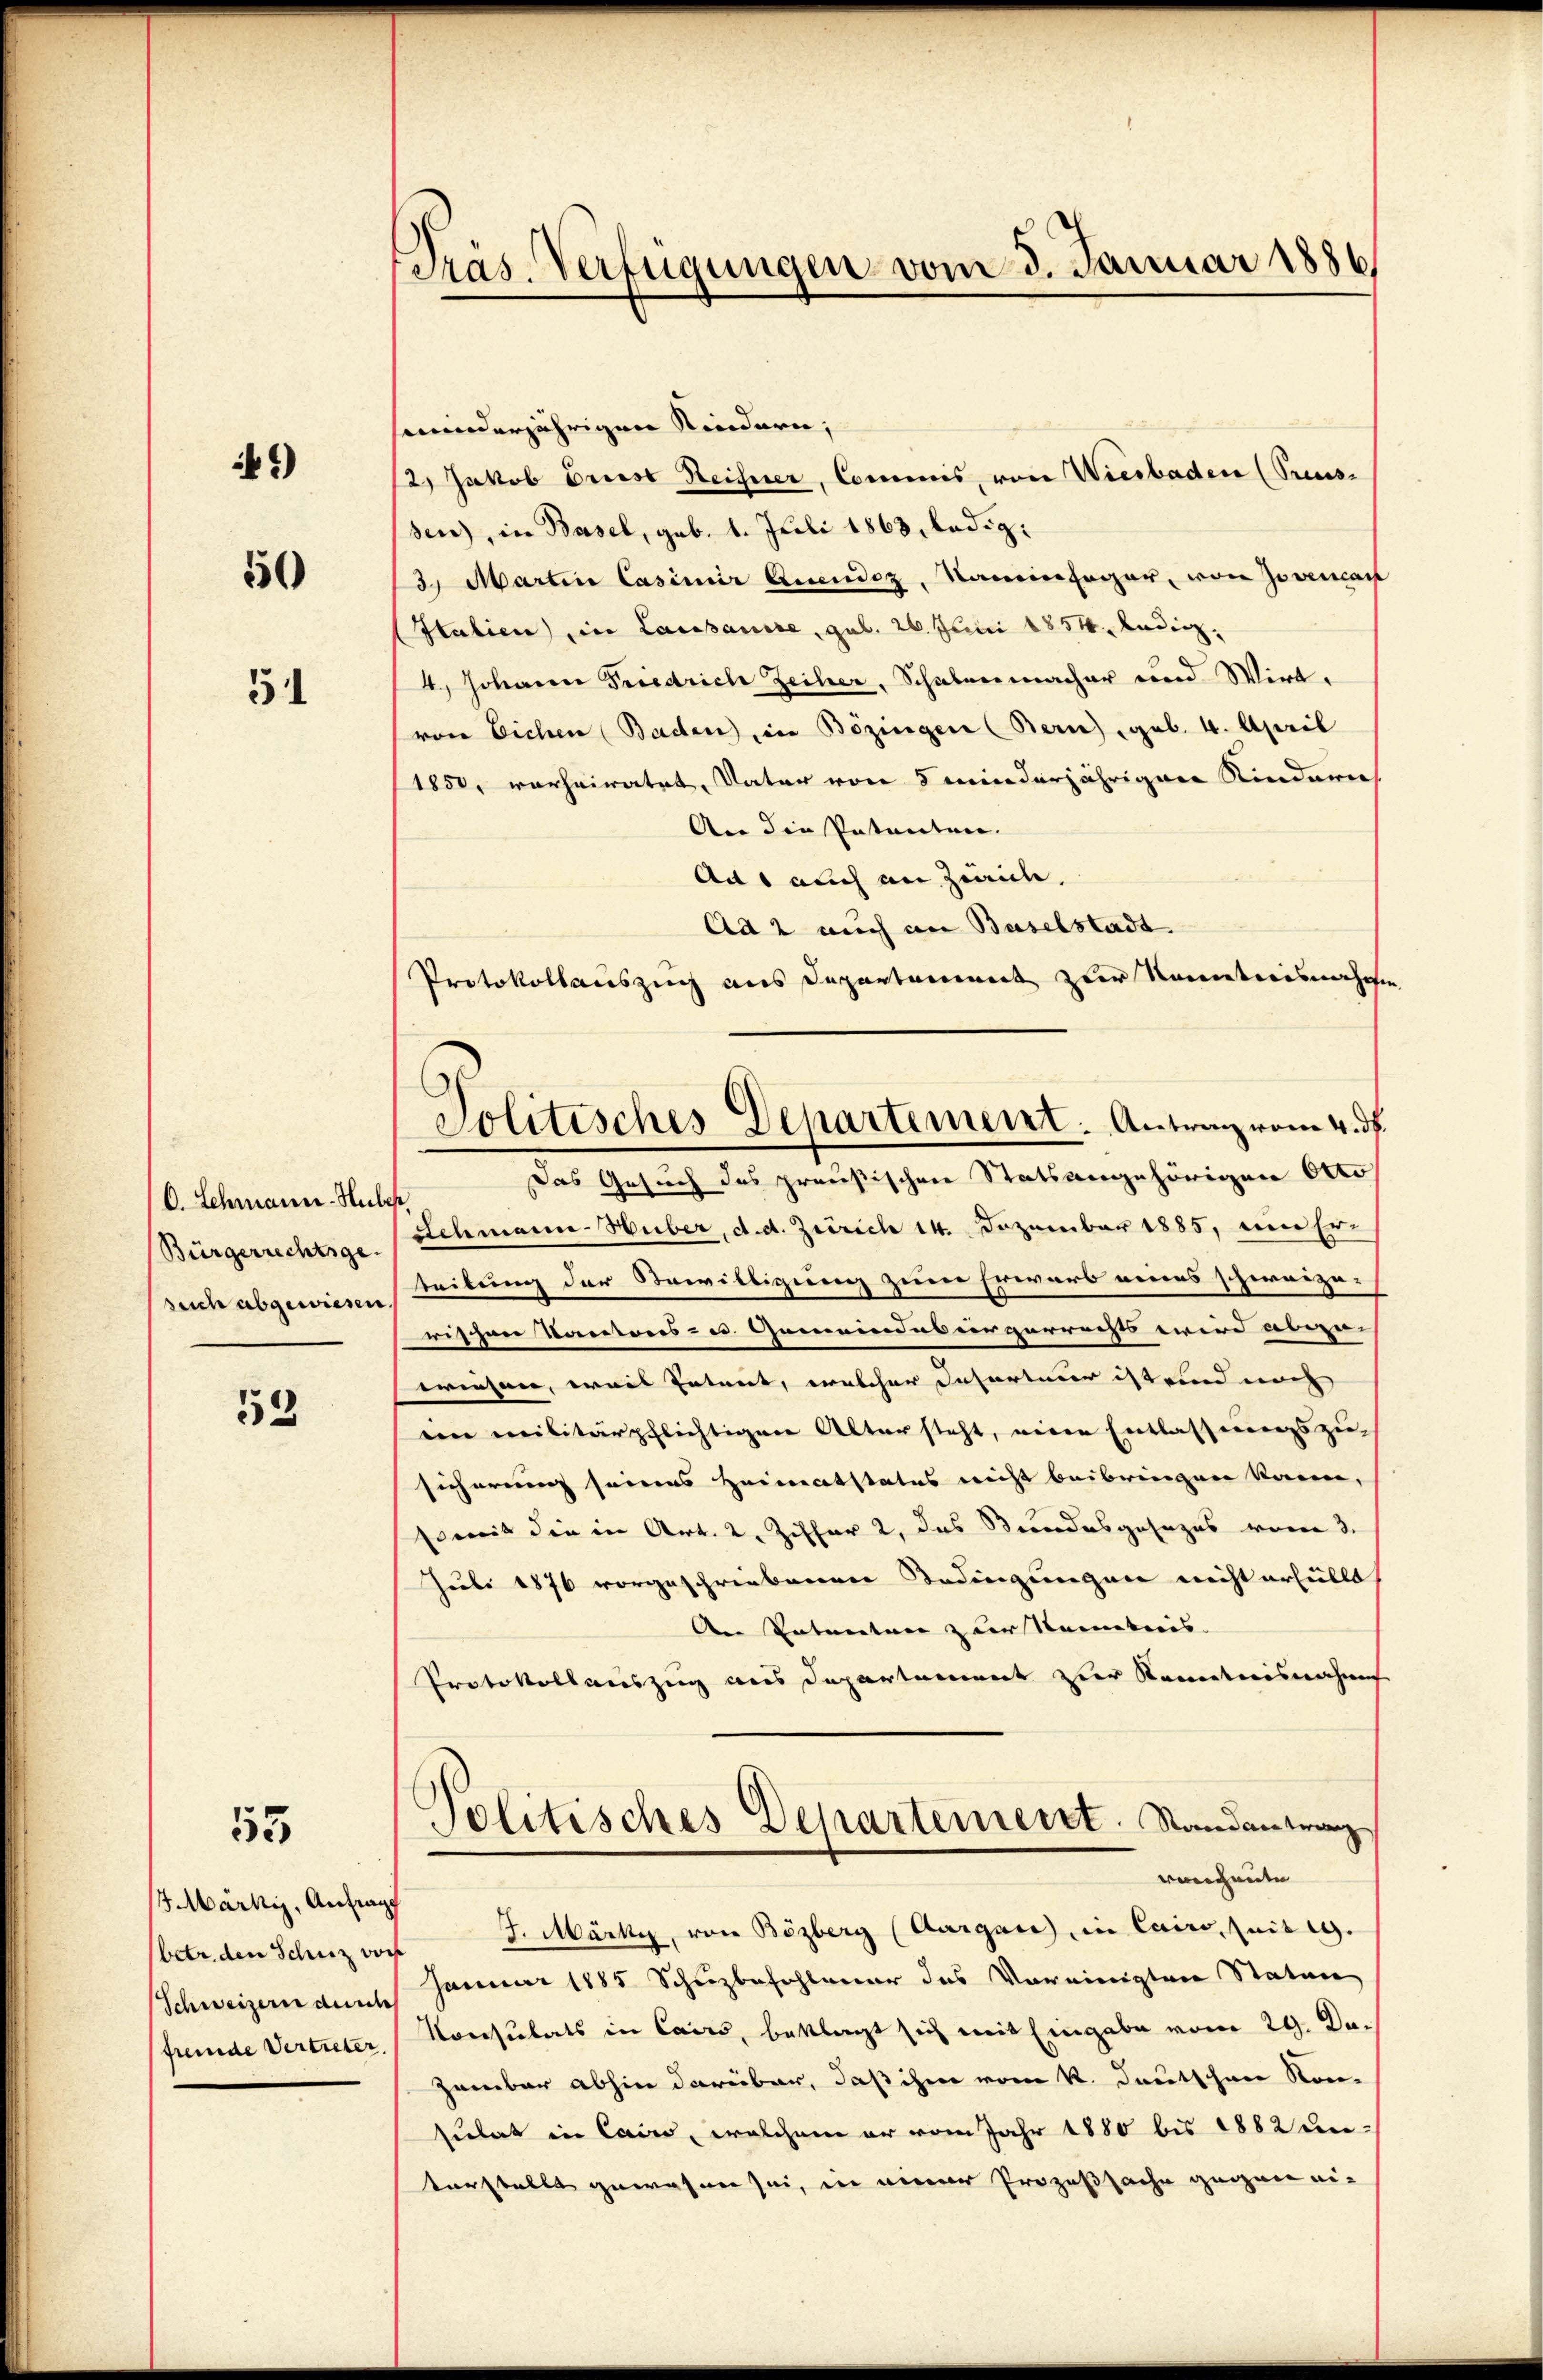
41)

50

51

C. Schmann-Huber,
Bürgerrechtsge
such abgewiesen.

552

55

5 Märkiz, Anfragt
(betr. den Schuz vors
(fremde Vertreter

Präs. Verfügungen vom 3. Januar 1886

seminderjährigen Kindern;
2) Jakob Griese Reisner, Commis, von Wiesbaden (Preus-
sen), in Basel, geb. 1. Juli 1863, ledig:
3 Martin Casimir Quendoz, Namen sogar, von Jovencan
Italien), in Lausanire, geb. 26. Juni 1854. ledig
4, Johann Friedrich Zeiler, Schalenmacher und Wirt,
(von Eichen Baden in Bözingen (Bern) geb. 4. April
1850, verheiratet, Vater von 8 minderjährigen Kindern
An die Petenten.
Aus auch an Zürich,
Ad 2 auch an Baselstadt
Protokollauszug aus Departament zur Kenntnisnahme
Das Gesuch des preußischen Statsangehörigen Otto
Schmann-Huber, d. d. Zürich 14. Dezember 1885, eine Er-
teibung der Bewilligung zum Erwarb eines schereizerischen Kantons- u Gemeindes ergerrechts wird abge-
wiesen, weis Entent, welcher Insorteuer ist und noch
ein militärpflichtigen Altersteht, eine Entlassungszu-
sicherung seines Heimatstatus nicht beibringen kann,
somit die in Art. 2. Ziffer 2, das Stundesgesezes vom 3.
Juli 1876 vorgeschriebenen Bedingungen nicht erfüllt,
An Entreter zur Kenntnis. |
Protokollauszug aus Departement zur Kenntnisnahme
Politisches Departement. Standantrang
vacante
7. Märki, von Bözberg (Aargau in Cairo, seit 19.
Schweizern dem Januar 1885 Schuzbefohlener das Vereinigten Staten
Konsulats in Cairs, beklagt sich mit Eingabe vom 29. Dazember abhin darüber, daß ihm vom k. Deutschen Kon-
sulat in Cairs, welchem er vom Jahr 1880 bis 1882 unvorstellt gewesen sei, in einer Prozeßsache gegen ei¬

Jolitisches Departement. Antrag vom 4. ds.